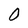
Character: O